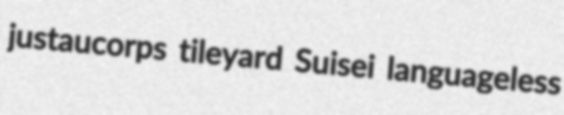
justaucorps tileyard Suisei languageless